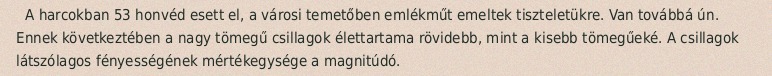
A harcokban 53 honvéd esett el, a városi temetőben emlékműt emeltek tiszteletükre. Van továbbá ún. Ennek következtében a nagy tömegű csillagok élettartama rövidebb, mint a kisebb tömegűeké. A csillagok látszólagos fényességének mértékegysége a magnitúdó.